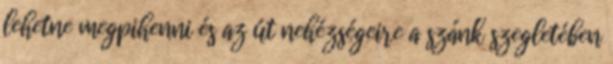
lehetne megpihenni és az út nehézségeire a szánk szegletében